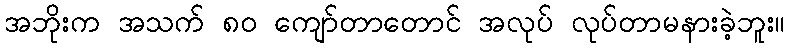
အဘိုးက အသက် ၈၀ ကျော်တာတောင် အလုပ် လုပ်တာမနားခဲ့ဘူး။